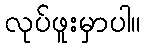
လုပ်ဖူးမှာပါ။